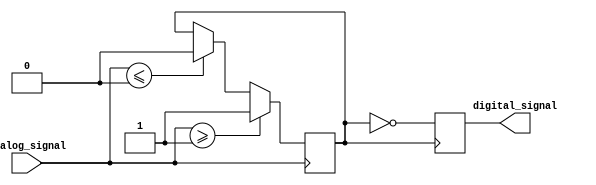
module schmitt_trigger_inverter (
    input wire analog_signal,
    output reg digital_signal
);

reg schmitt_trigger_output;

always @ (posedge analog_signal) begin
    if(analog_signal >= 1'b1) begin
        schmitt_trigger_output <= 1'b1;
    end else if(analog_signal <= 1'b0) begin
        schmitt_trigger_output <= 1'b0;
    end
end

always @ (posedge schmitt_trigger_output) begin
    digital_signal <= ~schmitt_trigger_output;
end

endmodule